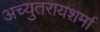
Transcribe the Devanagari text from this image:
अच्युतरायशर्मा